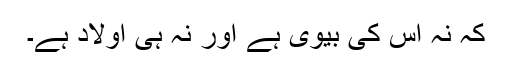
کہ نہ اس کی بیوی ہے اور نہ ہی اولاد ہے۔